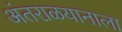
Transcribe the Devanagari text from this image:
अंतराळयानाला